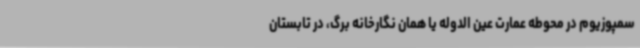
سمپوزیوم در محوطه عمارت عین الدوله یا همان نگارخانه برگ، در تابستان